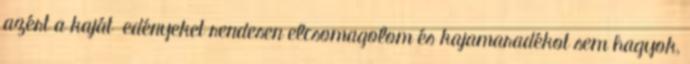
azért a kaját edényeket rendesen elcsomagolom és kajamaradékot sem hagyok,